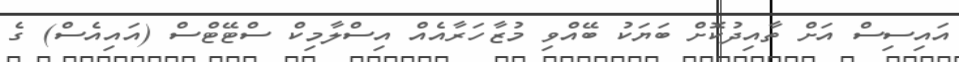
އައިސިސް އަށް ތާއިދުކޮށް ބަޔަކު ބޭއްވި މުޒާހަރާއެއް އިސްލާމިކް ސްޓޭޓްސް (އައިއެސް) ގެ